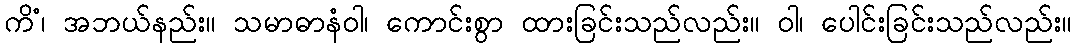
ကိံ၊ အဘယ်နည်း။ သမာဓာနံဝါ၊ ကောင်းစွာ ထားခြင်းသည်လည်း။ ဝါ၊ ပေါင်းခြင်းသည်လည်း။